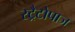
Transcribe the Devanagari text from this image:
स्ट्रैटोपाज